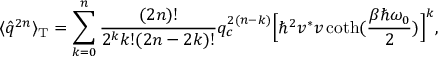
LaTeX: \langle \hat { q } ^ { 2 n } \rangle _ { \mathrm { T } } = \sum _ { k = 0 } ^ { n } \frac { ( 2 n ) ! } { 2 ^ { k } k ! ( 2 n - 2 k ) ! } q _ { c } ^ { 2 ( n - k ) } \Bigl [ \hbar ^ { 2 } v ^ { * } v \coth ( \frac { \beta \hbar \omega _ { 0 } } { 2 } ) \Bigr ] ^ { k } ,